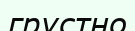
грустно